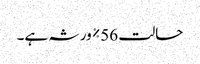
حالت 56٪ ورثہ ہے۔